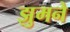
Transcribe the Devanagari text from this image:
झुमने